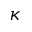
\kappa